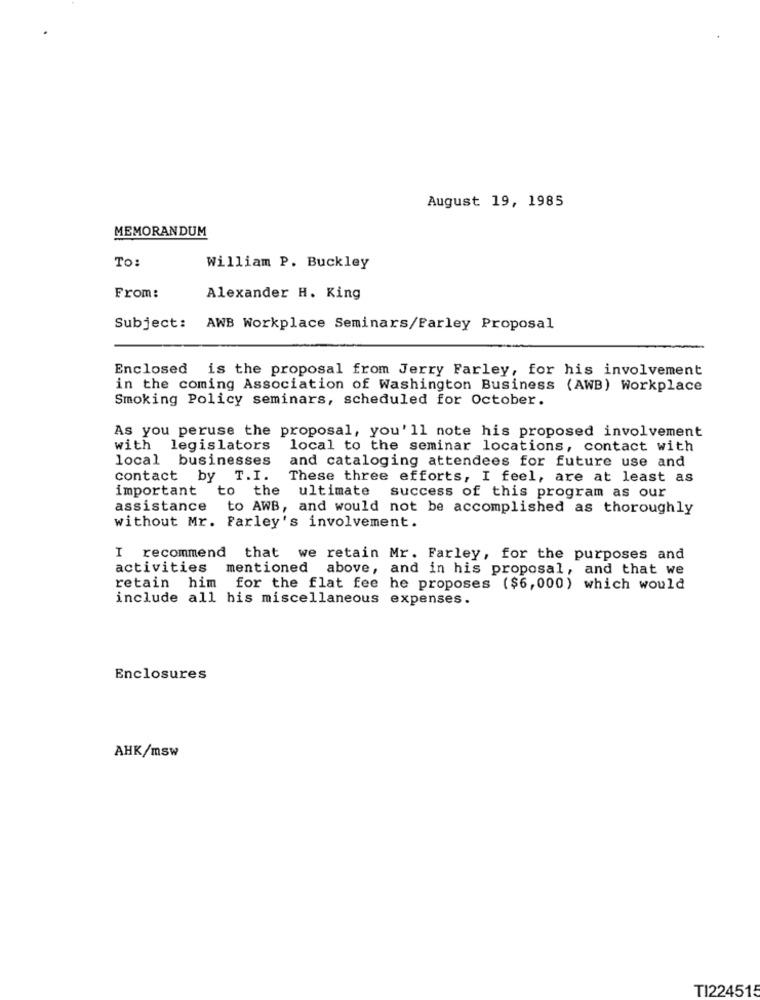
August 19, 1985
MEMORANDUM
To:
William P. Buckley
From:
Alexander H. King
Subject: AWB Workplace Seminars/Farley Proposal
Enclosed is the proposal from Jerry Farley, for his involvement
in the coming Association of Washington Business (AWB) Workplace
Smoking Policy seminars, scheduled for October.
As you peruse the proposal, you'll note his proposed involvement
with legislators
local to the seminar locations, contact with
local businesses
and cataloging attendees for future use and
contact by T.I.
These three efforts, I feel, are at least as
important
to the
ultimate success of this program as our
assistance to AWB, and would not be accomplished as thoroughly
without Mr. Farley's involvement.
I recommend that we retain Mr. Farley, for the purposes and
activities
mentioned
above, and in his proposal, and that we
retain him for the flat fee he proposes ($6,000) which would
include all his miscellaneous expenses.
Enclosures
AHK/msw
TI224515